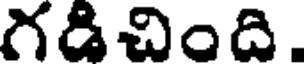
గడిచింది.